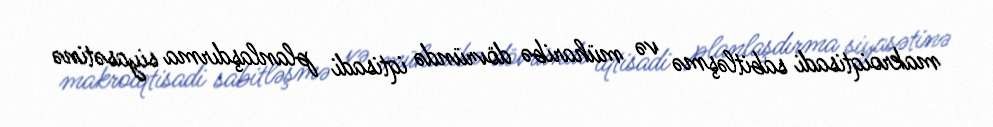
makroiqtisadi sabitləşmə və müharibə dövründə iqtisadi planlaşdırma siyasətinə